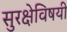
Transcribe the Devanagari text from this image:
सुरक्षेविषयी